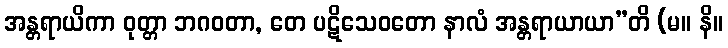
အန္တရာယိကာ ဝုတ္တာ ဘဂဝတာ, တေ ပဋိသေဝတော နာလံ အန္တရာယာယာ”တိ (မ။ နိ။